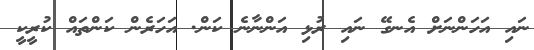
ނައި އަހަންނަށް އެނގޭ ނައި ރުޅި އަންނާނެ ކަން. އަހަރެން ކަންތައް ކުރީކީ